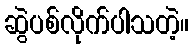
ဆွဲပစ်လိုက်ပါသတဲ့။